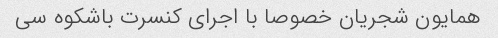
همایون شجریان خصوصا با اجرای کنسرت باشکوه سی